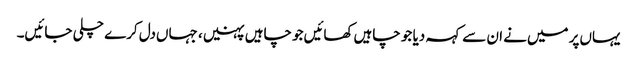
یہاں‌پر میں‌نے ان سے کہہ دیا جو چاہیں‌کھائیں‌جو چاہیں پہنیں، جہاں‌دل کرے چلی جائیں۔